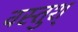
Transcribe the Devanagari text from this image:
वस्तुश्